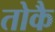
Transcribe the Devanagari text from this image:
तोकै